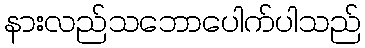
နားလည်သဘောပေါက်ပါသည်